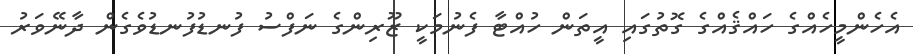
އެހެންމީހެއްގެ ހައްޤެއްގެ ގޮތުގައި އީތަން ހުއްޓާ ފެނުމަކީ ޒޫރިންގެ ނަފްސު ފުނޑުފުނޑުވެގެން ދާނޭވަރު